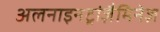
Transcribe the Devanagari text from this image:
अलनाइनट्रांज़ैमिनेज़